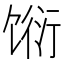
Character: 𬳆